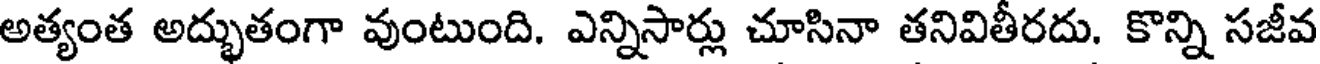
అత్యంత అద్భుతంగా వుంటుంది. ఎన్నిసార్లు చూసినా తనివితీరదు. కొన్ని సజీవ